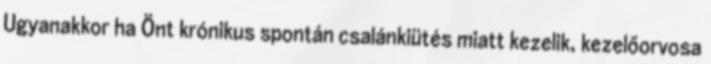
Ugyanakkor ha Önt krónikus spontán csalánkiütés miatt kezelik, kezelőorvosa